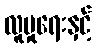
လူမှုရေးနှင့်